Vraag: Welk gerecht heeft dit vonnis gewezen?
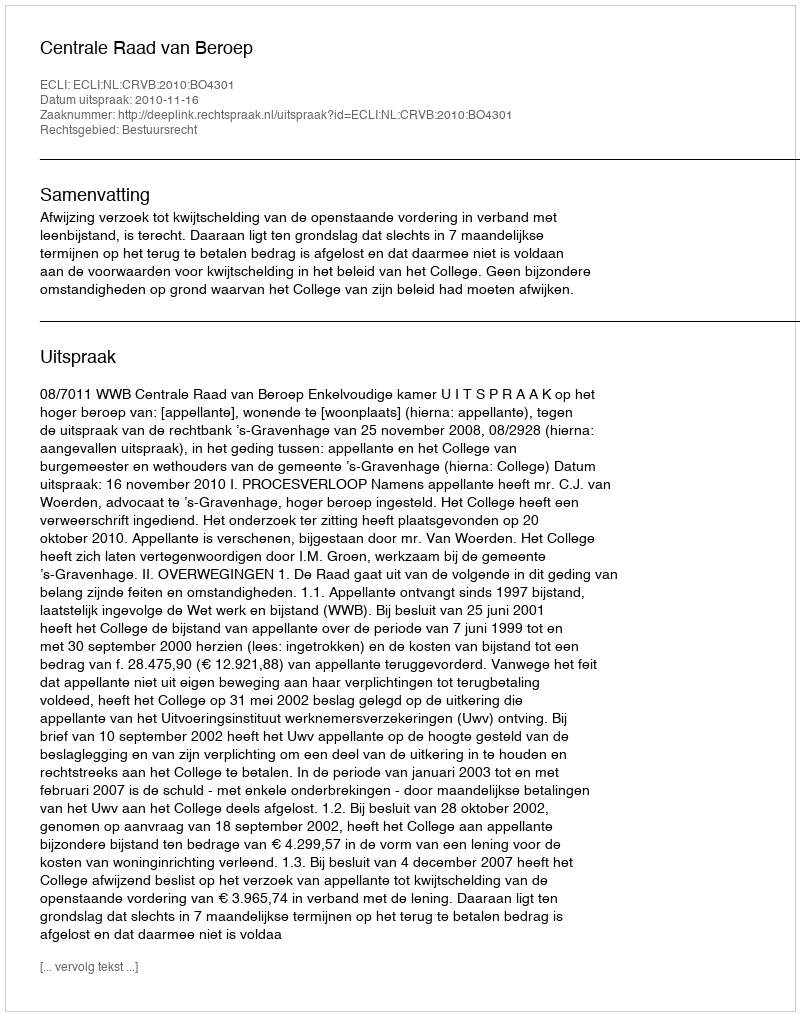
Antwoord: Centrale Raad van Beroep